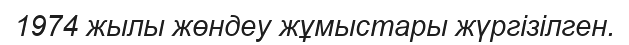
1974 жылы жөндеу жұмыстары жүргізілген.